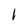
Character: I